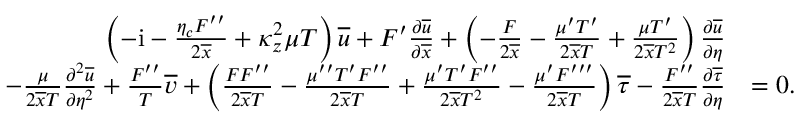
\begin{array} { r l } { \left( - \mathrm { i } - \frac { \eta _ { c } F ^ { \prime \prime } } { 2 \overline { { x } } } + \kappa _ { z } ^ { 2 } \mu T \right) \overline { { u } } + F ^ { \prime } \frac { \partial \overline { { u } } } { \partial \overline { { x } } } + \left( - \frac { F } { 2 \overline { { x } } } - \frac { \mu ^ { \prime } T ^ { \prime } } { 2 \overline { { x } } T } + \frac { \mu T ^ { \prime } } { 2 \overline { { x } } T ^ { 2 } } \right) \frac { \partial \overline { { u } } } { \partial \eta } } & { } \\ { - \frac { \mu } { 2 \overline { { x } } T } \frac { \partial ^ { 2 } \overline { { u } } } { \partial \eta ^ { 2 } } + \frac { F ^ { \prime \prime } } { T } \overline { { v } } + \left( \frac { F F ^ { \prime \prime } } { 2 \overline { { x } } T } - \frac { \mu ^ { \prime \prime } T ^ { \prime } F ^ { \prime \prime } } { 2 \overline { { x } } T } + \frac { \mu ^ { \prime } T ^ { \prime } F ^ { \prime \prime } } { 2 \overline { { x } } T ^ { 2 } } - \frac { \mu ^ { \prime } F ^ { \prime \prime \prime } } { 2 \overline { { x } } T } \right) \overline { { \tau } } - \frac { F ^ { \prime \prime } } { 2 \overline { { x } } T } \frac { \partial \overline { { \tau } } } { \partial \eta } } & { = 0 . } \end{array}